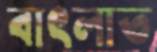
বাৎলাত